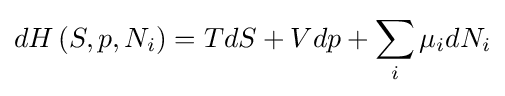
dH\left(S,p,N_{i}\right)=TdS+Vdp+\sum _{i}\mu _{i}dN_{i}